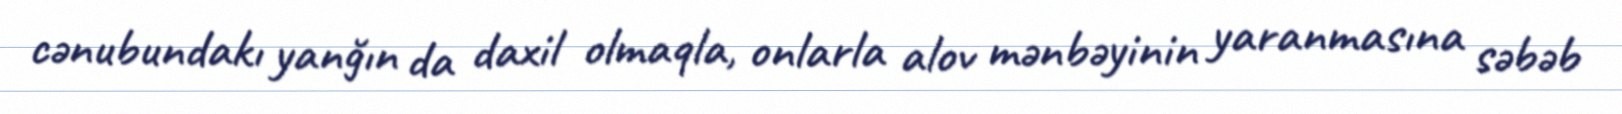
cənubundakı yanğın da daxil olmaqla, onlarla alov mənbəyinin yaranmasına səbəb